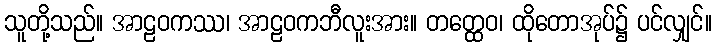
သူတို့သည်။ အာဠဝကဿ၊ အာဠဝကဘီလူးအား။ တတ္ထေဝ၊ ထိုတောအုပ်၌ ပင်လျှင်။